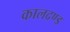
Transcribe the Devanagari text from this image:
कालदण्ड